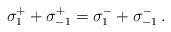
LaTeX: \begin{align*}\sigma^+_1 + \sigma^+_{-1} = \sigma_1^- + \sigma^-_{-1} \,.\end{align*}